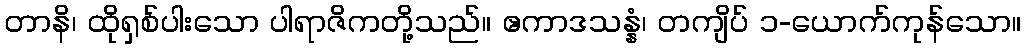
တာနိ၊ ထိုရှစ်ပါးသော ပါရာဇိကတို့သည်။ ဧကာဒသန္နံ၊ တကျိပ် ၁-ယောက်ကုန်သော။